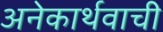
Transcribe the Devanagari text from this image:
अनेकार्थवाची